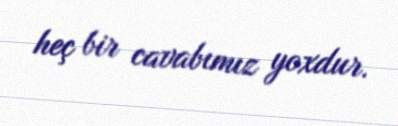
heç bir cavabımız yoxdur.